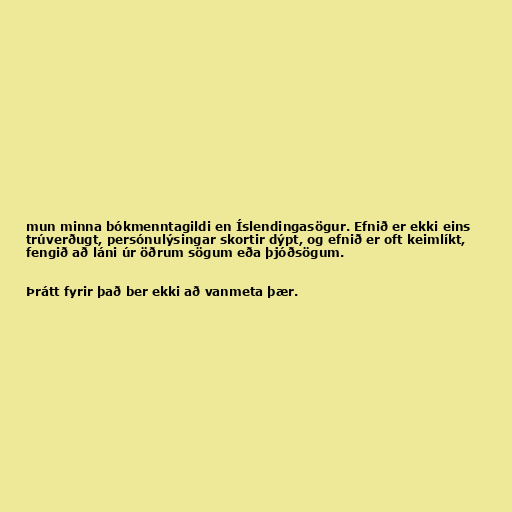
mun minna bókmenntagildi en Íslendingasögur. Efnið er ekki eins
trúverðugt, persónulýsingar skortir dýpt, og efnið er oft keimlíkt,
fengið að láni úr öðrum sögum eða þjóðsögum.

Þrátt fyrir það ber ekki að vanmeta þær.